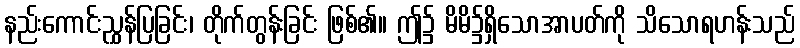
နည်းကောင်းညွှန်ပြခြင်း၊ တိုက်တွန်းခြင်း ဖြစ်၏။ ဤ၌ မိမိ၌ရှိသောအာပတ်ကို သိသောရဟန်းသည်